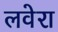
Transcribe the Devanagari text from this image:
लवेरा